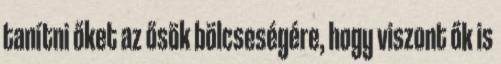
tanítni őket az ősök bölcseségére, hogy viszont ők is